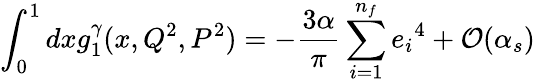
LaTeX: \int_{0}^{1}dxg_{1}^{\gamma}(x,Q^{2},P^{2})=-\frac{3\alpha}{\pi}\sum_{i=1}^{n_{f}}{e_{i}}^{4}+{\cal O}(\alpha_{s})